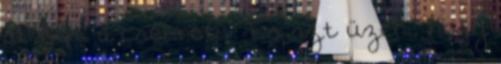
át neki a csokrot. – És azt üzeni, hogy